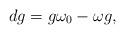
LaTeX: \begin{align*} dg=g\omega_0-\omega g,\end{align*}